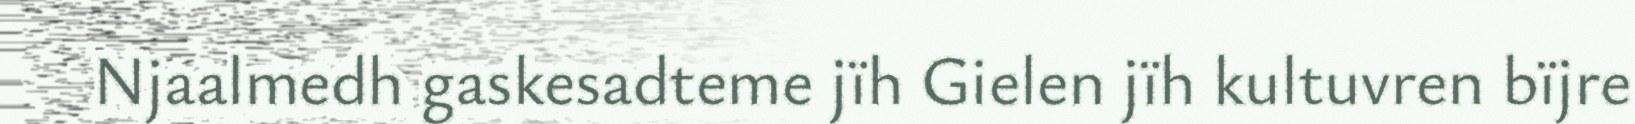
Njaalmedh gaskesadteme jïh Gielen jïh kultuvren bïjre